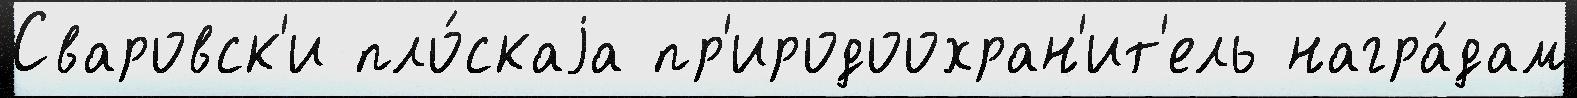
Сваровск'и пло́скаjа пр'иродоохран'ит'ель награ́дам